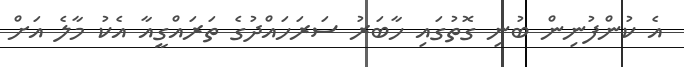
އެ ކުންފުނިން ބުނި ގޮތުގައި ހާބަރު ސަރަހައްދުގެ ތަރައްގީއާ އެކު މާލެ އަށް